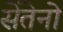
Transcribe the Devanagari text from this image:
सेंतेनो